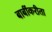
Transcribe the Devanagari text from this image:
बाबींकरीता